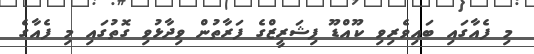
މި ފެއާގައި ބައިވެރިވި ކޫއްޑޫ ފިޝަރީޒްގެ ފަރާތުން ވިދާޅުވި ގޮތުގައި މި ފެއާގެ